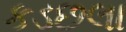
કડછલા